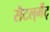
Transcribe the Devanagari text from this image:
सॆटल्‌मॆंट्